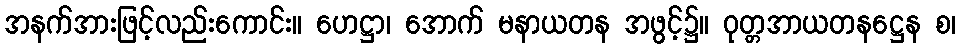
အနက်အားဖြင့်လည်းကောင်း။ ဟေဋ္ဌာ၊ အောက် မနာယတန အဖွင့်၌။ ဝုတ္တအာယတနဋ္ဌေန စ၊